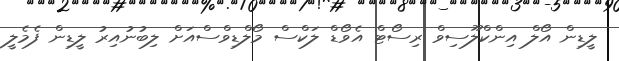
ލީޑިން އޯލް އިންކްލޫސިވް ރިސޯޓް އެވޯޑް ލަކްސް މޯލްޑިވްސްއަށް ލިބުނުއިރު ލީޑިން ފެމެލީ